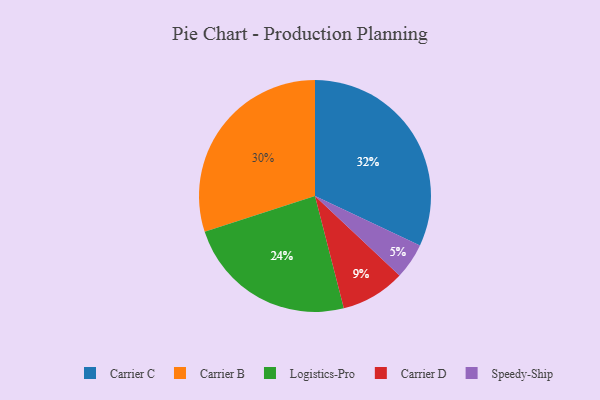
{"axis": {"x": "Category", "y": "Percentage"}, "legend": ["Carrier B", "Carrier C", "Carrier D", "Logistics-Pro", "Speedy-Ship"], "data": [{"x": "Carrier C", "y": 32, "type": "Carrier C"}, {"x": "Speedy-Ship", "y": 5, "type": "Speedy-Ship"}, {"x": "Logistics-Pro", "y": 24, "type": "Logistics-Pro"}, {"x": "Carrier B", "y": 30, "type": "Carrier B"}, {"x": "Carrier D", "y": 9, "type": "Carrier D"}]}